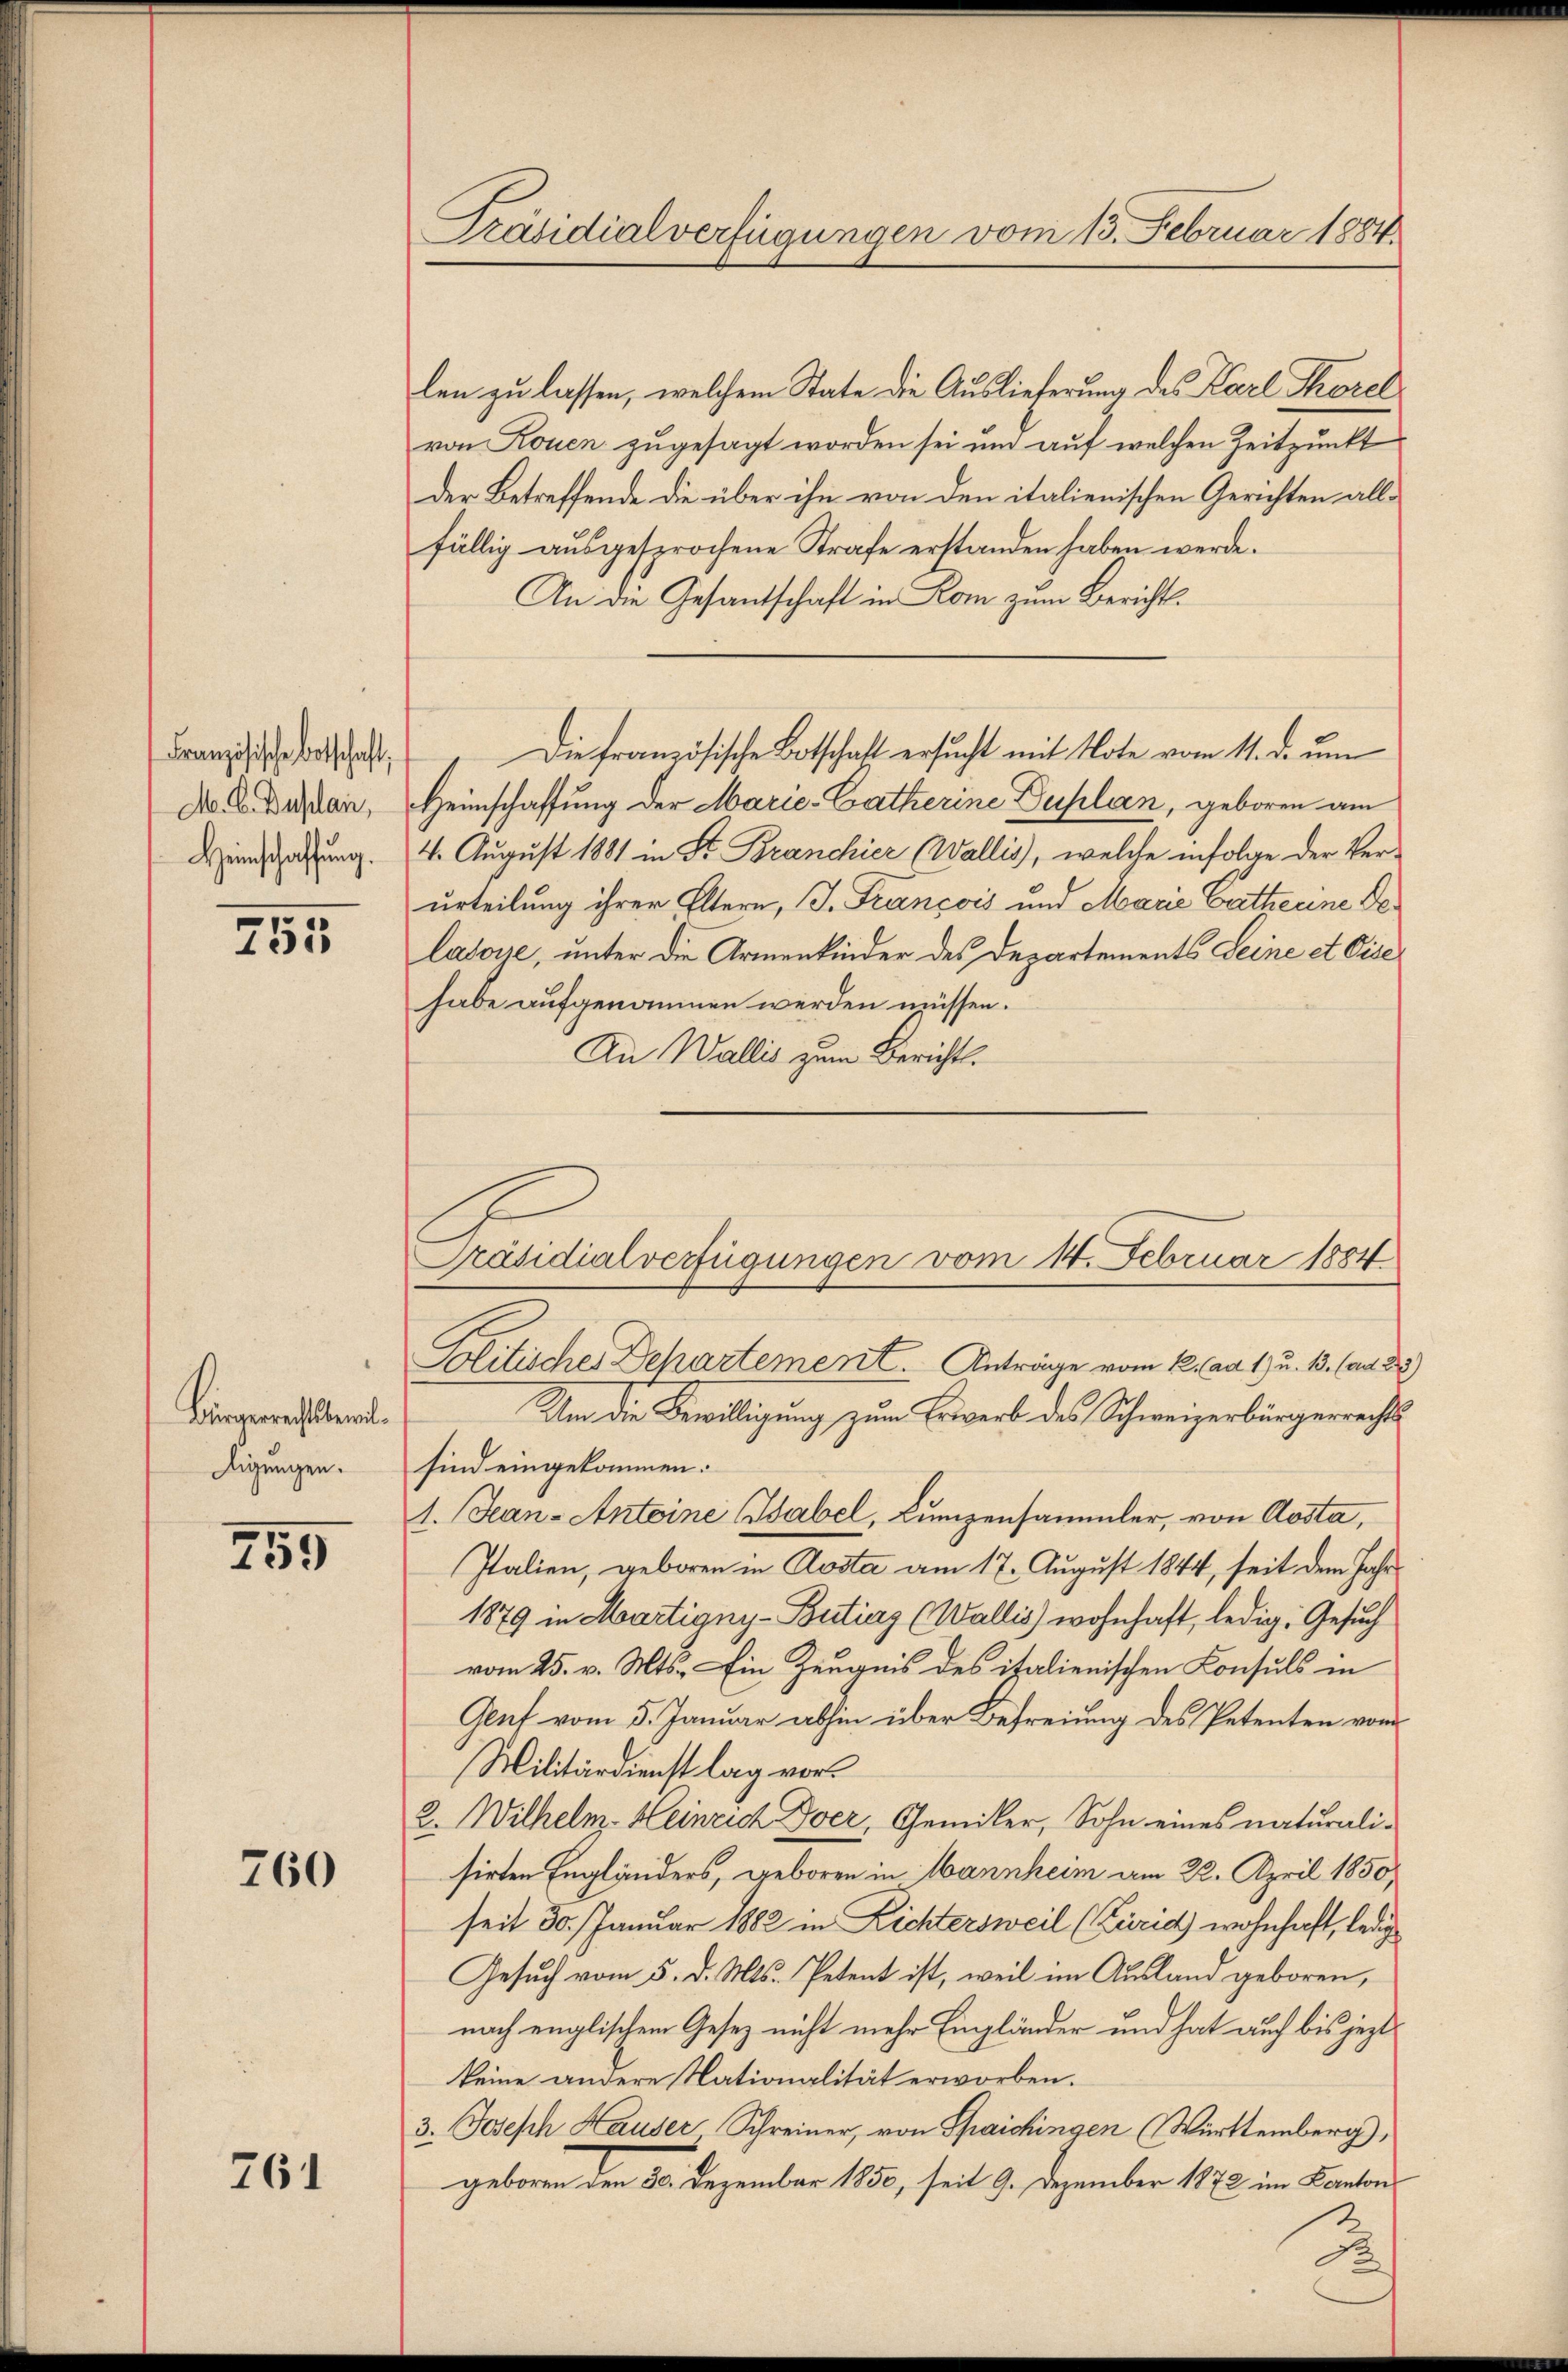
M. C. Duplan,
Heinschaffung.

255

Bürgerrechtsbewildigungen.

255

760

761

Präsidialverfügungen vom 15. Februar 1884

len zu lassen, welchem State die Auslieferung des Karl Thorel
von Rouen zugesagt worden sei und auf welchen Zeitpunkt
der Betreffende die über ihn von den italienischen Gerichten allfällig ausgesprochene Strafe erstanden haben werde.
An die Gesantschaft in Rom zum Bericht¬
Heimschaffung der Marie-Catherine Duplan, geboren am
4. August 1881 in St. Branchier (Wallis, welche infolge der Ver-
urteilung ihrer Eltern, J. François und Marie Catherine Delatone, unter die Armenkinder des Departements Seine et Cise
habe aufgenommen werden müssen.
An Wallis zum Bericht.
Politisches Dehartement. Anträge vom 12. ad 1. u. 13. (a. 2)
Um die Bewilligung zum Erwerb des Schweizerbürgerrechts
sind eingekommen.
1. Jean - Antoine Tabel, Lumpensammler, von Aosta,
Italien, geboren in Aosta am 17. August 1844, seit dem Jahr
1879 in Martigny-Butias (Wallis) wohnhaft, ledig, Gesuch
vom 25. v. Mts. Ein Zeugnis des italienischen Konsuls in
Genf vom 5. Januar abhin über Befreiung des Petenten vom
Militärdienst lag vor.
2. Wilhelm Heinrich Iser, Gemiker, Sohn eines naturali-
sirten Engländers, geboren in Mannheim am 22. April 1850
seit 30. Januar 1882 in Richtersweil (Zürich wohnhaft, ledig
Gesuch vom 5. d. Mts. Petent ist, weil im Ausland geboren,
nach englischem Gesetz nicht mehr Einpländer und hat auch bis jezt
keine andere Nationalität erworben.
3. Joseph Hauser Schreiner, von Spaichingen (Württemberg),
geboren den 265. Dezember 1850, seit 9. Dezember 1872 im Kanton

Franzisch. Die französische Botschaft ersŭcht mit Note vom 11. d. ŭm

Präsidialverfügungen vom 14. Februar 1884

Fr